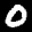
Label: 0